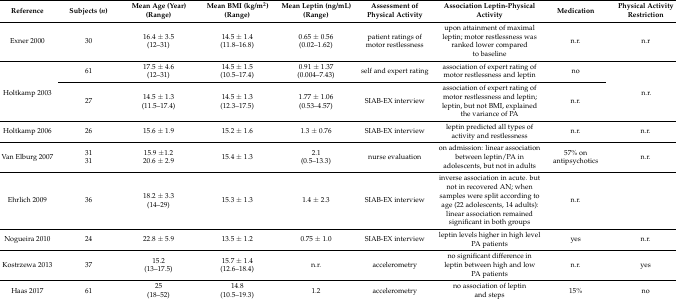
<table><thead><tr><td><b>Reference</b></td><td><b>Subjects (<i>n</i>)</b></td><td><b>Mean Age (Year)(Range)</b></td><td><b>Mean BMI (kg/m<sup>2</sup>)(Range)</b></td><td><b>Mean Leptin (ng/mL)(Range)</b></td><td><b>Assessment of Physical Activity</b></td><td><b>Association Leptin-Physical Activity</b></td><td><b>Medication</b></td><td><b>Physical Activity Restriction</b></td></tr></thead><tbody><tr><td>Exner 2000</td><td>30</td><td>16.4 ± 3.5(12–31)</td><td>14.5 ± 1.4(11.8–16.8)</td><td>0.65 ± 0.56(0.02–1.62)</td><td>patient ratings of motor restlessness</td><td>upon attainment of maximal leptin; motor restlessness was ranked lower compared to baseline</td><td>n.r.</td><td>n.r</td></tr><tr><td rowspan="2">Holtkamp 2003</td><td>61</td><td>17.5 ± 4.6(12–31)</td><td>14.5 ± 1.5(10.5–17.4)</td><td>0.91 ± 1.37(0.004–7.43)</td><td>self and expert rating</td><td>association of expert rating of motor restlessness and leptin</td><td>no</td><td rowspan="2">n.r.</td></tr><tr><td>27</td><td>14.5 ± 1.3(11.5–17.4)</td><td>14.5 ± 1.3(12.3–17.5)</td><td>1.77 ± 1.06(0.53–4.57)</td><td>SIAB-EX interview</td><td>association of expert rating of motor restlessness and leptin; leptin, but not BMI, explained the variance of PA</td><td>n.r.</td></tr><tr><td>Holtkamp 2006</td><td>26</td><td>15.6 ± 1.9</td><td>15.2 ± 1.6</td><td>1.3 ± 0.76</td><td>SIAB-EX interview</td><td>leptin predicted all types of activity and restlessness</td><td>n.r.</td><td>n.r.</td></tr><tr><td>Van Elburg 2007</td><td>3131</td><td>15.9 ±1.2 20.6 ± 2.9</td><td>15.4 ± 1.3</td><td>2.1(0.5–13.3)</td><td>nurse evaluation</td><td>on admission: linear association between leptin/PA in adolescents, but not in adults</td><td>57% on antipsychotics</td><td>n.r.</td></tr><tr><td>Ehrlich 2009</td><td>36</td><td>18.2 ± 3.3(14–29)</td><td>15.3 ± 1.3</td><td>1.4 ± 2.3</td><td>SIAB-EX interview</td><td>inverse association in acute. but not in recovered AN; when samples were split according to age (22 adolescents, 14 adults): linear association remained significant in both groups</td><td>n.r.</td><td></td></tr><tr><td>Nogueira 2010</td><td>24</td><td>22.8 ± 5.9</td><td>13.5 ± 1.2</td><td>0.75 ± 1.0</td><td>SIAB-EX interview</td><td>leptin levels higher in high level PA patients</td><td>yes</td><td>n.r.</td></tr><tr><td>Kostrzewa 2013</td><td>37</td><td>15.2(13–17.5)</td><td>15.7 ± 1.4(12.6–18.4)</td><td>n.r.</td><td>accelerometry</td><td>no significant difference in leptin between high and low PA patients</td><td>n.r.</td><td>yes</td></tr><tr><td>Haas 2017</td><td>61</td><td>25(18–52)</td><td>14.8(10.5–19.3)</td><td>1.2</td><td>accelerometry</td><td>no association of leptin and steps</td><td>15%</td><td>no</td></tr></tbody></table>